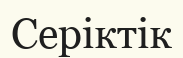
Серіктік